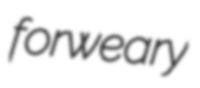
forweary